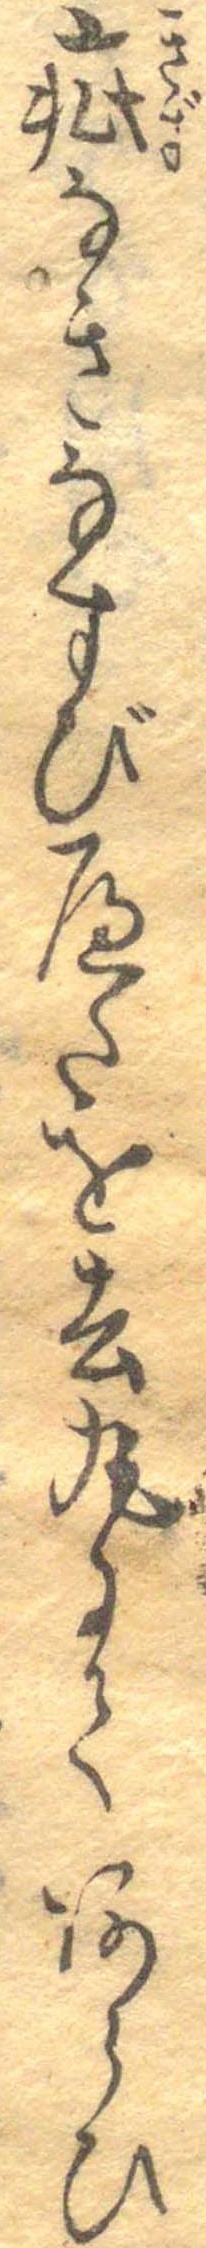
疵なきなすびへたを去丸にてあらひ